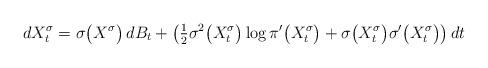
LaTeX: \begin{align*} dX^{\sigma}_t = \sigma \bigl(X^{\sigma}\bigr)\,dB_t + \bigl( \tfrac{1}{2} \sigma^2\bigl(X^{\sigma}_t \bigr) \log\pi'\bigl(X^{\sigma}_t \bigr) +\sigma \bigl(X^{\sigma}_t\bigr) \sigma' \bigl(X^{\sigma}_t \bigr) \bigr)\,dt\end{align*}